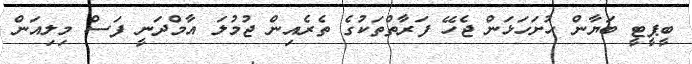
ބީޕީޓީ ބަޔާން ހުށަހަޅަން ޖެހޭ ފަރާތްތަކުގެ ތެރެއިން ޖުމުލަ އާމްދަނީ ފަސް މިލިއަން